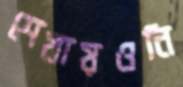
শেখায়ওনি